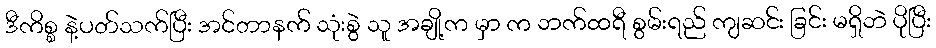
ဒီကိစ္စ နဲ့ပတ်သက်ပြီး အင်တာနက် သုံးစွဲ သူ အချို့က မှာ က ဘက်ထရီ စွမ်းရည် ကျဆင်း ခြင်း မရှိဘဲ ပိုပြီး